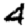
Digit: 4